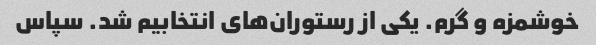
خوشمزه و گرم. یکی از رستوران‌های انتخابیم شد. سپاس